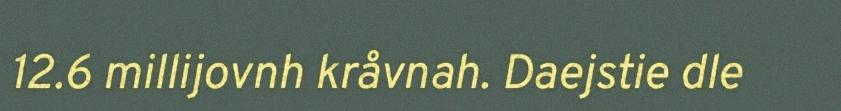
12.6 millijovnh kråvnah. Daejstie dle